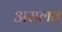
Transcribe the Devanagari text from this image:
अरालत